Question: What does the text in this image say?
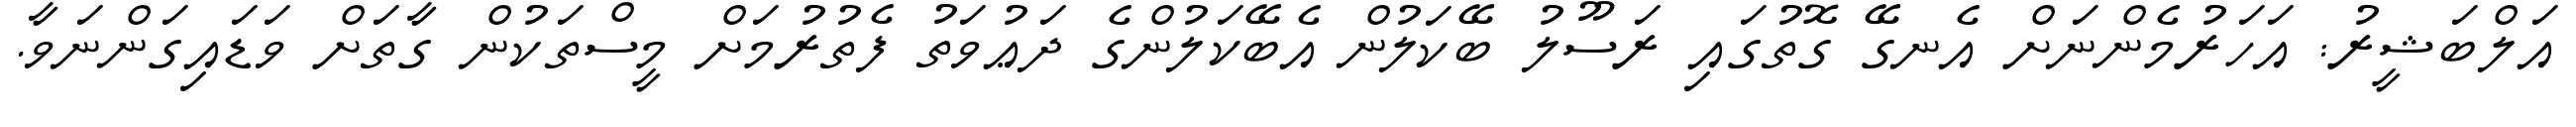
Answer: އަލްބަޝީރު: އަހަރުމެންނަށް އެނގޭ ގޮތުގައި ރަސޫލު ބޭކަލުން އެބޭކަލުންގެ ދަޢުވަތު ފެތުރުމަށް މީސްތަކުން ގާތަށް ވަޑައިގަންނަވާ.